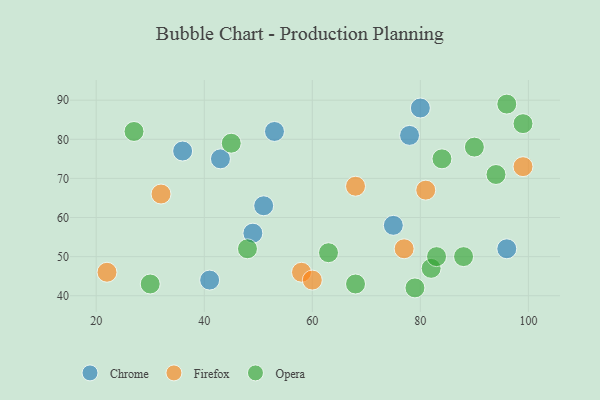
{"axis": {"x": "GDP", "y": "Life Expectancy"}, "legend": ["Chrome", "Firefox", "Opera"], "data": [{"x": "43", "y": 75, "type": "Chrome"}, {"x": "75", "y": 58, "type": "Chrome"}, {"x": "36", "y": 77, "type": "Chrome"}, {"x": "53", "y": 82, "type": "Chrome"}, {"x": "96", "y": 52, "type": "Chrome"}, {"x": "80", "y": 88, "type": "Chrome"}, {"x": "41", "y": 44, "type": "Chrome"}, {"x": "78", "y": 81, "type": "Chrome"}, {"x": "51", "y": 63, "type": "Chrome"}, {"x": "49", "y": 56, "type": "Chrome"}, {"x": "22", "y": 46, "type": "Firefox"}, {"x": "32", "y": 66, "type": "Firefox"}, {"x": "99", "y": 73, "type": "Firefox"}, {"x": "58", "y": 46, "type": "Firefox"}, {"x": "60", "y": 44, "type": "Firefox"}, {"x": "81", "y": 67, "type": "Firefox"}, {"x": "68", "y": 68, "type": "Firefox"}, {"x": "77", "y": 52, "type": "Firefox"}, {"x": "30", "y": 43, "type": "Opera"}, {"x": "82", "y": 47, "type": "Opera"}, {"x": "68", "y": 43, "type": "Opera"}, {"x": "99", "y": 84, "type": "Opera"}, {"x": "79", "y": 42, "type": "Opera"}, {"x": "83", "y": 50, "type": "Opera"}, {"x": "90", "y": 78, "type": "Opera"}, {"x": "48", "y": 52, "type": "Opera"}, {"x": "96", "y": 89, "type": "Opera"}, {"x": "88", "y": 50, "type": "Opera"}, {"x": "27", "y": 82, "type": "Opera"}, {"x": "84", "y": 75, "type": "Opera"}, {"x": "94", "y": 71, "type": "Opera"}, {"x": "63", "y": 51, "type": "Opera"}, {"x": "45", "y": 79, "type": "Opera"}]}